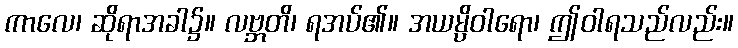
ကာလေ၊ ဆိုရာအခါ၌။ လဗ္ဘတိ၊ ရအပ်၏။ အယမ္ပိဝါရော၊ ဤဝါရသည်လည်း။